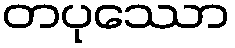
တပုဿော